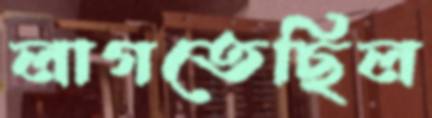
লাগতেছিল